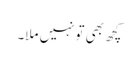
کچھ بھی تونہیں ملا۔